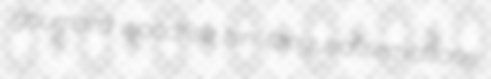
gournard woodfish ten-tongued semiditone